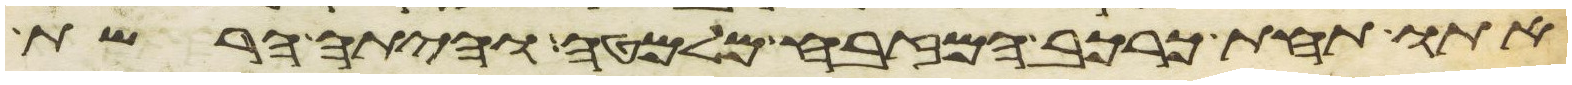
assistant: אתו תחת כרכב המזבח מלמטה והיתה הרשת